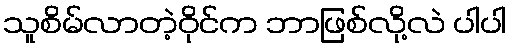
သူစိမ်လာတဲ့ဝိုင်က ဘာဖြစ်လို့လဲ ပါပါ